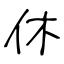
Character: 休